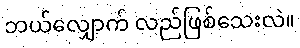
ဘယ်လျှောက် လည်ဖြစ်သေးလဲ။